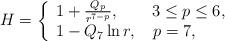
LaTeX: \begin{align*}H= \left\{\begin{array}{l} 1 + \frac{Q_p}{r^{7 - p}}, \qquad 3 \le p \le 6,\\ 1 - Q_7\, {\rm ln}\,r, \quad p = 7, \end{array}\right. \end{align*}